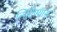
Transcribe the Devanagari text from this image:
लिहीण्यास